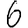
Digit: 6